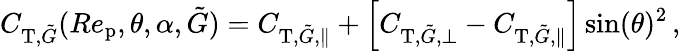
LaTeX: C_{\textup{T},\tilde{G}}(Re_{\textup{p}},\theta,\alpha,\tilde{G})=C_{\textup{T},\tilde{G},\parallel}+\left[C_{\textup{T},\tilde{G},\perp}-C_{\textup{T},\tilde{G},\parallel}\right]\sin(\theta)^{2}\, ,